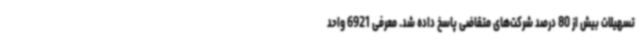
تسهیلات بیش از 80 درصد شرکت‌های متقاضی پاسخ داده شد. معرفی 6921 واحد